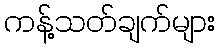
ကန့်သတ်ချက်များ